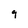
Character: g